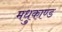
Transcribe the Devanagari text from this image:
मधुकाण्ड